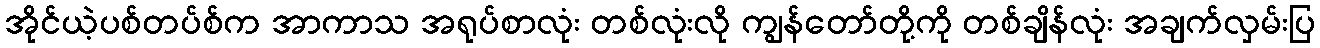
အိုင်ယဲ့ပစ်တပ်စ်က အာကာသ အရုပ်စာလုံး တစ်လုံးလို ကျွန်တော်တို့ကို တစ်ချိန်လုံး အချက်လှမ်းပြ